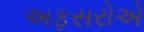
અફસરોએ